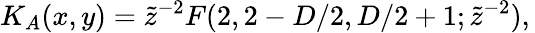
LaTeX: K_{A}(x,y)=\tilde{z}^{-2}F(2,2-D/2,D/2+1;\tilde{z}^{-2}),\,